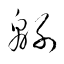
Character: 緜